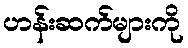
ဟန်းဆက်များကို